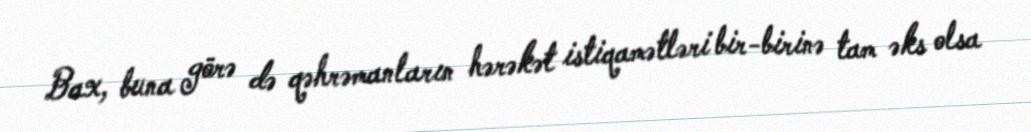
Bax, buna görə də qəhrəmanların hərəkət istiqamətləri bir-birinə tam əks olsa